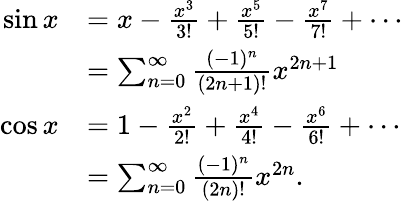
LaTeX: {\begin{array}{rl}{\sin x}&{=x-{\frac{x^{3}}{3!}}+{\frac{x^{5}}{5!}}-{\frac{x^{7}}{7!}}+\cdots}\\ &{=\sum_{n=0}^{\infty}{\frac{(-1)^{n}}{(2n+1)!}}x^{2n+1}}\\ {\cos x}&{=1-{\frac{x^{2}}{2!}}+{\frac{x^{4}}{4!}}-{\frac{x^{6}}{6!}}+\cdots}\\ &{=\sum_{n=0}^{\infty}{\frac{(-1)^{n}}{(2n)!}}x^{2n}.}\end{array}}